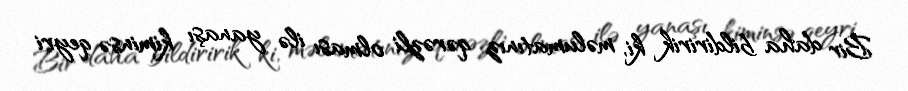
Bir daha bildiririk ki, məlumatınız qərəzli olması ilə yanaşı kiminsə qeyri